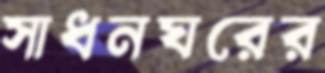
সাধনঘরের